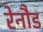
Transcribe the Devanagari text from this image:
रेनौड